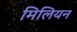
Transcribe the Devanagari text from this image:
मिलियन